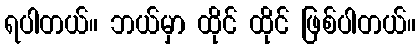
ရပါတယ်။ ဘယ်မှာ ထိုင် ထိုင် ဖြစ်ပါတယ်။